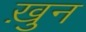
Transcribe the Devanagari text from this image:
ख़ुन